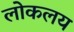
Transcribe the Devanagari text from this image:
लोकलय